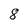
Character: 8